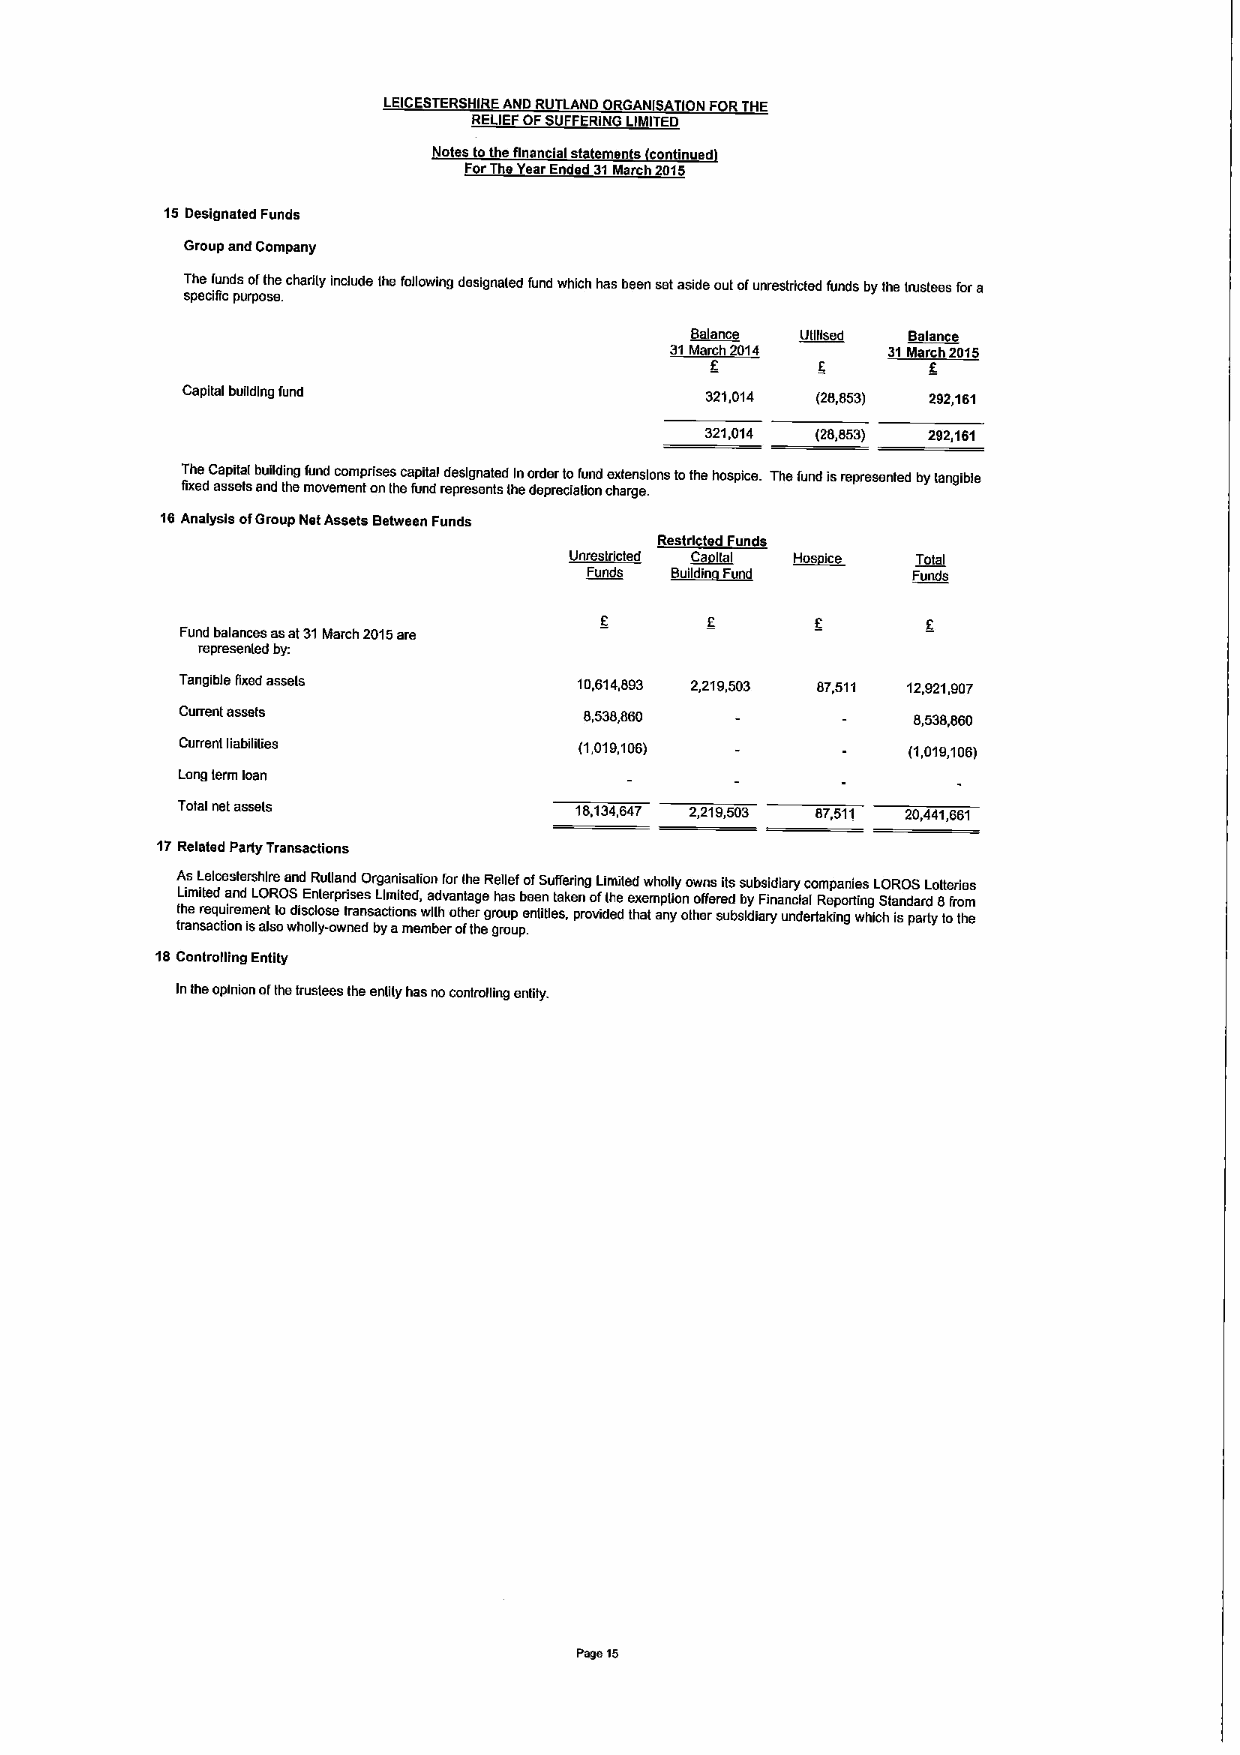
LEICESTERSHIREAND RUTLAND ORGANISATION FORTHE
 RELIEFOFSUFFERING LIMITED
 Notes tothe financial statements continued
 ForTheYearEnded 31March 2015
 15Designated Funds
 Group and Company
 The funds ofthe charily include ihe following designaled fund which has been setaside outofunrestricted funds bylhe trustees fora
 specific purpose.
 (h(ance ~UI   ~Balan
 3~1M f0~014    ~31M h20i
 Capital building fund              321,014 (28,853) 292,161
 321,014 (28,653) 292,161
 T fixh ee dC aa sp si eta tl s b au ni dldin thg emfu on vd emco em ntpri os nes Iheca fp ui nta dl rd epes ri eg sn ea nt te sd lhI eno dr ed pe rr ect io atif ou nnd ce hx ate rn gs ei .ons tothe hospice. Thefund isrepresented bytangible
 16Analysis ofGroup NetAssets Between Funds
 ~Res rl +~unde
 ggrr,glficted ~C ~Hos ic Total
 ~F   ~Buildin LFFIIS( Funds
 Fund balances asat31March 2015are
 represenled by:
 Tangible fixedassels      10,614,893 2,219,503 87,511 12,921,907
 Current assets             6,538,860            8,538,860
 Current liabililies       (1,019,106)           (1,019,106)
 Long lerm loan
 Total net assels          18,134,647 2,219,503 87,511 20,441,861
 17Related Party Transactions
 AsLelcesiarshlre and Rulland Organisation forihe Relief ofSuffering Limited wholly owns itssubsidiary companies LOROS Lotteries
 Limited and LORDS Enlerpriaes Limited, advantage has been taken ofihe exemption offered by Financial Reporting Standard 8from
 tt rh ae nsr ae cq tu ioir neme Isnt alsolo wd his oc lll yo -s oe wnt er dansa bc ytio an ms emw bllh ero oth fe tr hegr go ru op up.entitles, provided thai any other subsidiary undertaking which isparty tothe
 18Controlling Entity
 InIheopinion ofthetrustees the enllly has nocontrolling entity.
 Page15